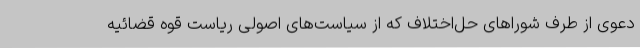
دعوی از طرف شوراهای حل‌اختلاف که از سیاست‌های اصولی ریاست قوه قضائیه